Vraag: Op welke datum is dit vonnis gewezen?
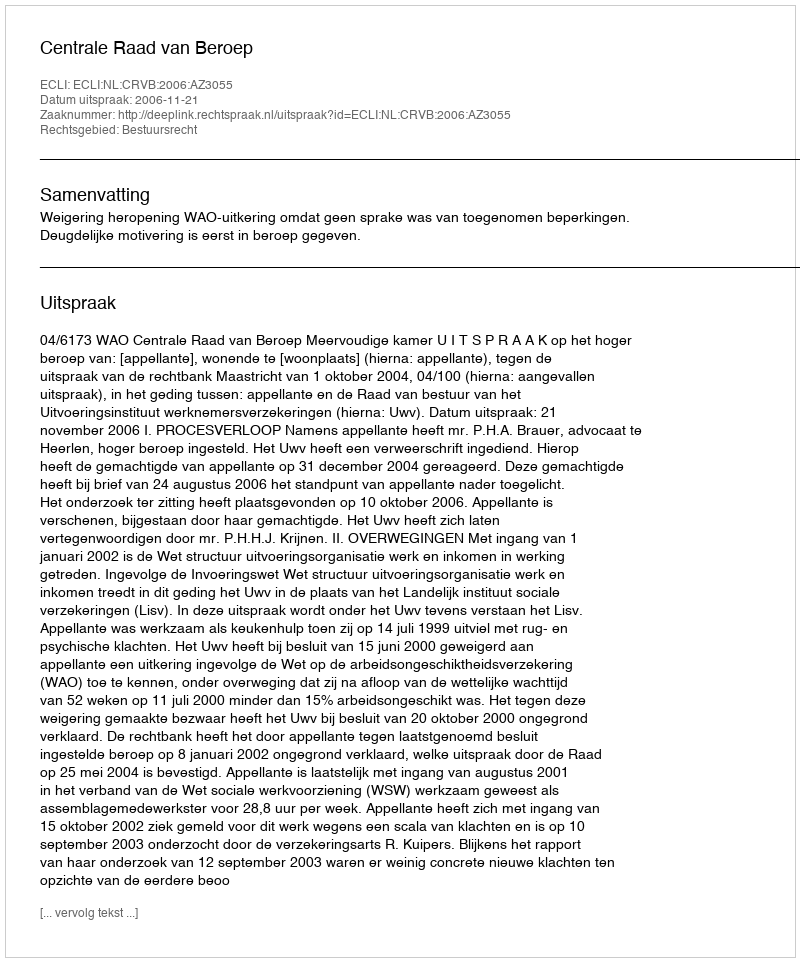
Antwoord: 2006-11-21